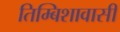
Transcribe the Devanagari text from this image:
तिम्बिशावासी